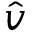
\hat { v }